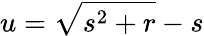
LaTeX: u=\sqrt{s^{2}+r}-s